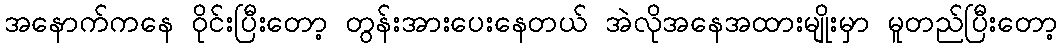
အနောက်ကနေ ဝိုင်းပြီးတော့ တွန်းအားပေးနေတယ် အဲလိုအနေအထားမျိုးမှာ မူတည်ပြီးတော့